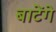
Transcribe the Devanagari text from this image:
बाटेंगे